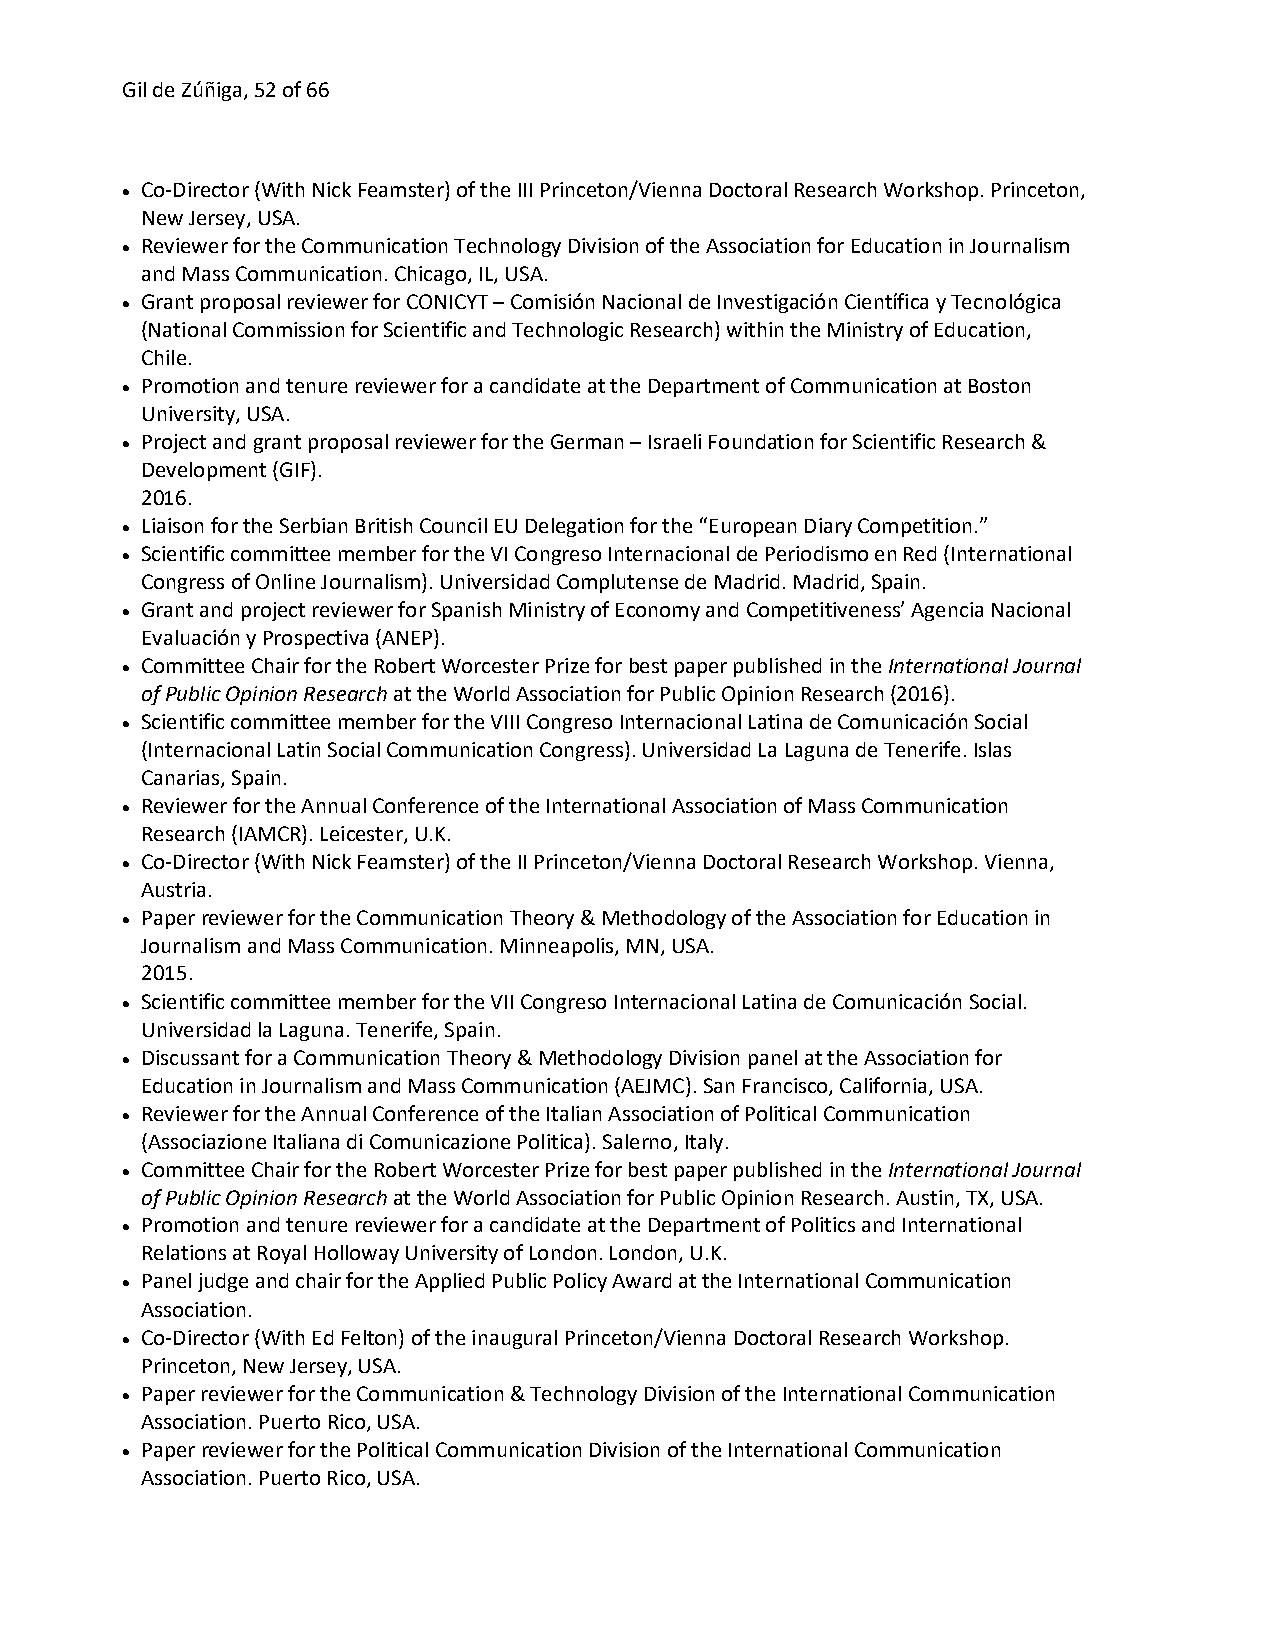
Gil de Zúñiga, 52 of 66
 • Co-Director (With Nick Feamster) of the III Princeton/Vienna Doctoral Research Workshop. Princeton,
 New Jersey, USA.
 • Reviewer for the Communication Technology Division of the Association for Education in Journalism
 and Mass Communication. Chicago, IL, USA.
 • Grant proposal reviewer for CONICYT – Comisión Nacional de Investigación Científica y Tecnológica
 (National Commission for Scientific and Technologic Research) within the Ministry of Education,
 Chile.
 • Promotion and tenure reviewer for a candidate at the Department of Communication at Boston
 University, USA.
 • Project and grant proposal reviewer for the German – Israeli Foundation for Scientific Research &
 Development (GIF).
 2016.
 • Liaison for the Serbian British Council EU Delegation for the “European Diary Competition.”
 • Scientific committee member for the VI Congreso Internacional de Periodismo en Red (International
 Congress of Online Journalism). Universidad Complutense de Madrid. Madrid, Spain.
 • Grant and project reviewer for Spanish Ministry of Economy and Competitiveness’ Agencia Nacional
 Evaluación y Prospectiva (ANEP).
 • Committee Chair for the Robert Worcester Prize for best paper published in the International Journal
 of Public Opinion Research at the World Association for Public Opinion Research (2016).
 • Scientific committee member for the VIII Congreso Internacional Latina de Comunicación Social
 (Internacional Latin Social Communication Congress). Universidad La Laguna de Tenerife. Islas
 Canarias, Spain.
 • Reviewer for the Annual Conference of the International Association of Mass Communication
 Research (IAMCR). Leicester, U.K.
 • Co-Director (With Nick Feamster) of the II Princeton/Vienna Doctoral Research Workshop. Vienna,
 Austria.
 • Paper reviewer for the Communication Theory & Methodology of the Association for Education in
 Journalism and Mass Communication. Minneapolis, MN, USA.
 2015.
 • Scientific committee member for the VII Congreso Internacional Latina de Comunicación Social.
 Universidad la Laguna. Tenerife, Spain.
 • Discussant for a Communication Theory & Methodology Division panel at the Association for
 Education in Journalism and Mass Communication (AEJMC). San Francisco, California, USA.
 • Reviewer for the Annual Conference of the Italian Association of Political Communication
 (Associazione Italiana di Comunicazione Politica). Salerno, Italy.
 • Committee Chair for the Robert Worcester Prize for best paper published in the International Journal
 of Public Opinion Research at the World Association for Public Opinion Research. Austin, TX, USA.
 • Promotion and tenure reviewer for a candidate at the Department of Politics and International
 Relations at Royal Holloway University of London. London, U.K.
 • Panel judge and chair for the Applied Public Policy Award at the International Communication
 Association.
 • Co-Director (With Ed Felton) of the inaugural Princeton/Vienna Doctoral Research Workshop.
 Princeton, New Jersey, USA.
 • Paper reviewer for the Communication & Technology Division of the International Communication
 Association. Puerto Rico, USA.
 • Paper reviewer for the Political Communication Division of the International Communication
 Association. Puerto Rico, USA.